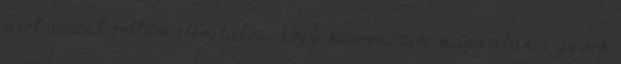
mert azzal voltam elfoglalva, hogy szervezzem magamban a gyors